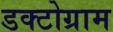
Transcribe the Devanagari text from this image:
डक्टोग्राम